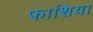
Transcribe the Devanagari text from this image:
फाशिया